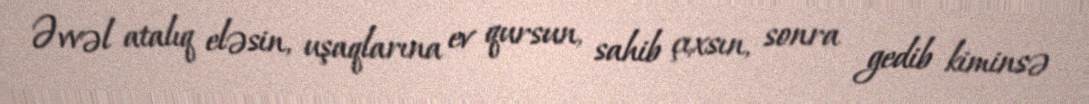
Əvvəl atalıq eləsin, uşaqlarına ev qursun, sahib çıxsın, sonra gedib kiminsə